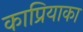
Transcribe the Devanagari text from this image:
काप्रियाका